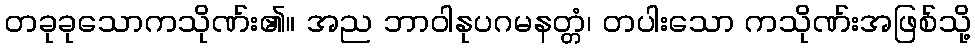
တခုခုသောကသိုဏ်း၏။ အည ဘာဝါနုပဂမနတ္တံ၊ တပါးသော ကသိုဏ်းအဖြစ်သို့